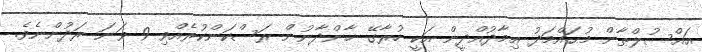
އައްސުލްޠާން މުޙައްމަދު ޢިމާދުއްދީން އަކީ ހުރާގޭ ޚާންދާނުން ރަސްކަންކުރެއްވި 9 ވަނަ ރަދުންނެވެ.